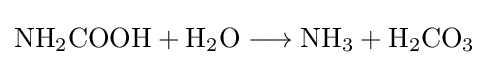
{\mathrm {NH} {\vphantom {A}}_{\smash[{t}]{2}}\mathrm {COOH} {}+{}\mathrm {H} {\vphantom {A}}_{\smash[{t}]{2}}\mathrm {O} {}\mathrel {\longrightarrow } {}\mathrm {NH} {\vphantom {A}}_{\smash[{t}]{3}}{}+{}\mathrm {H} {\vphantom {A}}_{\smash[{t}]{2}}\mathrm {CO} {\vphantom {A}}_{\smash[{t}]{3}}}